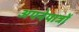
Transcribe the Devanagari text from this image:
अपनेपात्रों